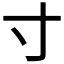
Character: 寸